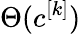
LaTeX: \Theta(c^{[k]})